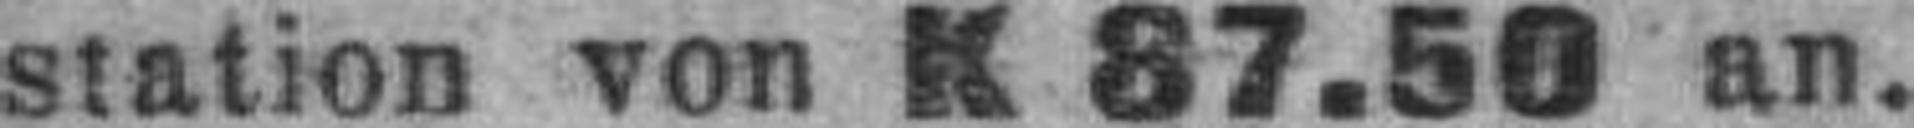
station von K 87.50 an.